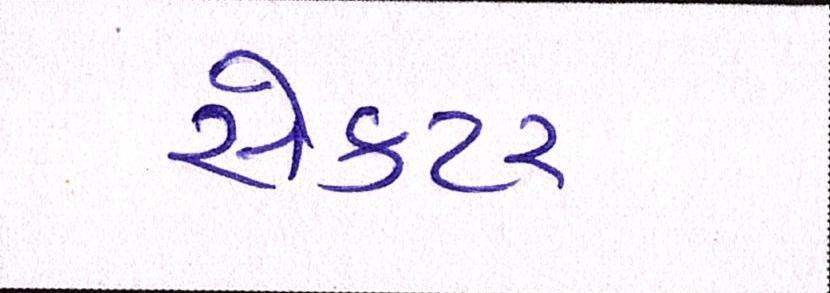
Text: સેકટર